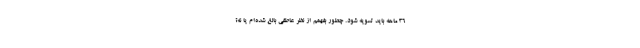
۳۶ ماهه باید تسویه شود. چطور بفهمم از نظر عاطفی بالغ شده‌ام یا نه؟